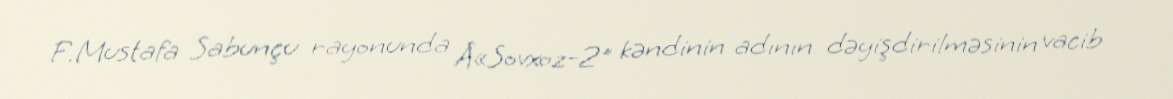
F.Mustafa Sabunçu rayonunda Â«Sovxoz-2" kəndinin adının dəyişdirilməsinin vacib